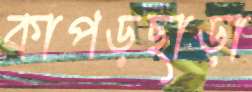
কাপড়ছাড়া